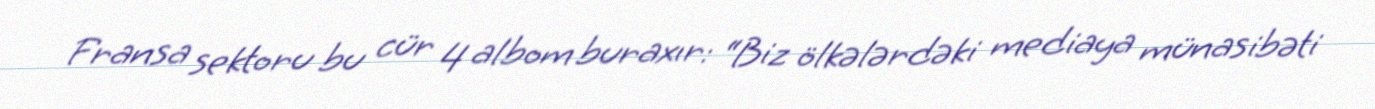
Fransa sektoru bu cür 4 albom buraxır: “Biz ölkələrdəki mediaya münasibəti